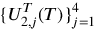
\{ U _ { 2 , j } ^ { T } ( T ) \} _ { j = 1 } ^ { 4 }